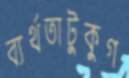
ব্যর্থতাটুকুগ